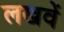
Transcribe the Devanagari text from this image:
लखवें